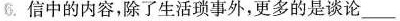
6.信中的内容，除了生活琐事外，更多的是谈论_____